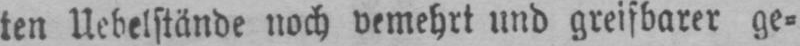
ten Uebelstände noch vemehrt und greifbarer ge⸗